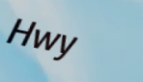
Hwy